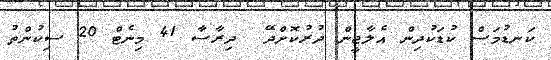
ކަނޑުމަސް ކުޑަކުދިން އެލާޖީން ދުރުކޮށްދޭ  ދިރާސާ 41 މިނެޓް 20 ސިކުންތު